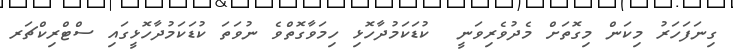
ގިނަފަހަރު މިކަން މިގޮތަށް މެދުވެރިވަނީ  ކުޑަކަމުދާހޮޅި ހިމަވާގޮތްވެ ނުވަތަ ކުޑަކަމުދާހޮޅީގައި ސްޓްރިކްޗަރ